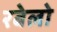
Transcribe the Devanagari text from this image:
रबेलो